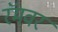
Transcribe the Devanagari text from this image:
रॅमवर